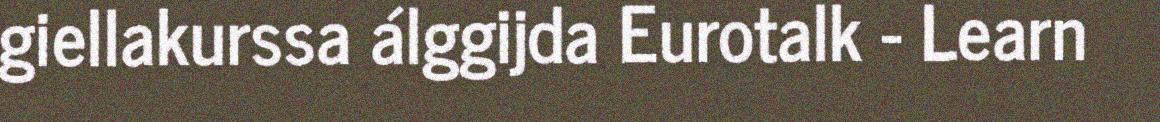
giellakurssa álggijda Eurotalk - Learn